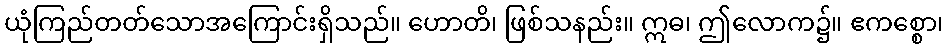
ယုံကြည်တတ်သောအကြောင်းရှိသည်။ ဟောတိ၊ ဖြစ်သနည်း။ ဣဓ၊ ဤလောက၌။ ဧကစ္စော၊